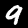
Label: 9